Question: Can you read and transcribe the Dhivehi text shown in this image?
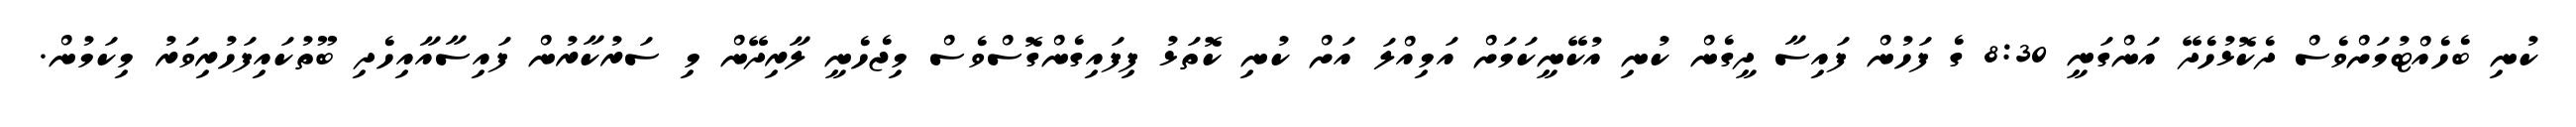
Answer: ކުނި ބެހެއްޓުމަށްވެސް ދެކޮޅުހެދޭ އަންގަނީ 8:30 ގެ ފަހުން ފައިސާ ދީގެން ކުނި އުކޭނީކަމަށް އަމިއްލަ އަށް ކުނި ކޮތަޅު ފިފައިގެންގޮސްވެސް މިޖެހެނީ ލާރިދޭން މި ސަރުކާރުން ފައިސާއާއިހެދި ބޫތުކައިފަހުރިވަރު މިކަމުން.